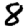
Digit: 8